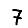
Digit: 7